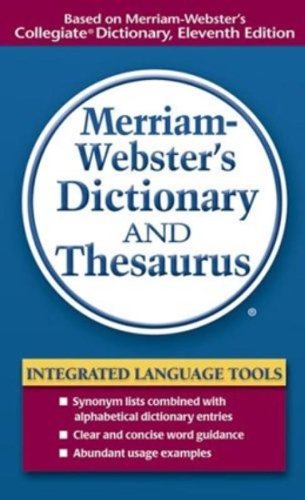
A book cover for Merriam-Webster's Dictionary and Thesaurus; Merriam-Webster Inc.; Reference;